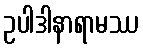
ဥပါဒါနာရာမဿ